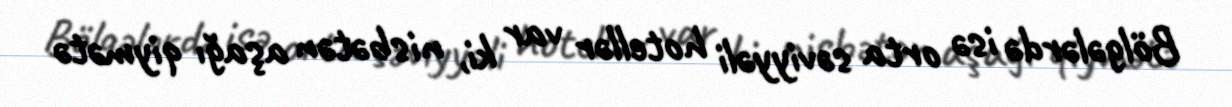
Bölgələrdə isə orta səviyyəli hotellər var ki, nisbətən aşağı qiymətə